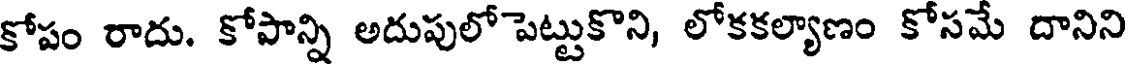
కోపం రాదు. కోపాన్ని అదుపులో పెట్టుకొని, లోకకల్యాణం కోసమే దానిని